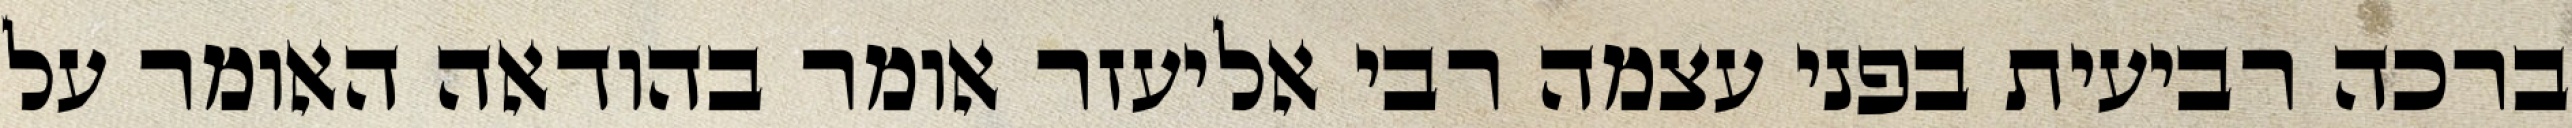
ברכה רביעית בפני עצמה רבי אליעזר אומר בהודאה האומר על